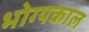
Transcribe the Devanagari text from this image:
भोग्यकाल